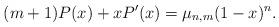
LaTeX: \begin{align*}(m+1)P(x)+x P'(x)=\mu_{n,m} (1-x)^n.\end{align*}